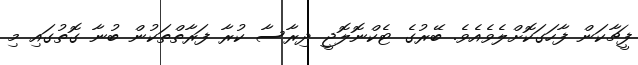
ފީޗާކަން ފާހަގަކޮށްލެވެއެވެ. ބޭރުގެ ޓެކްނޮލޮޖީ ދިރާސާ ކުރާ ފަރާތްތަކުން ބުނާ ގޮތުގައި މި